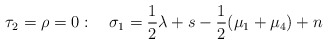
\begin{align*} \tau_2 = \rho = 0: \quad \sigma_1 = \frac{1}{2} \lambda +s- \frac{1}{2} (\mu_1+\mu_4) + n\end{align*}